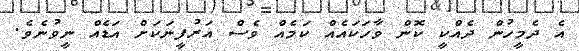
އެ ދެމީހުން ދެއްކީ ކޮން ވާހަކައެއް ކަމެއް ވެސް އަރުފީނަކަށް އަޑެއް ނީވުނެވެ.